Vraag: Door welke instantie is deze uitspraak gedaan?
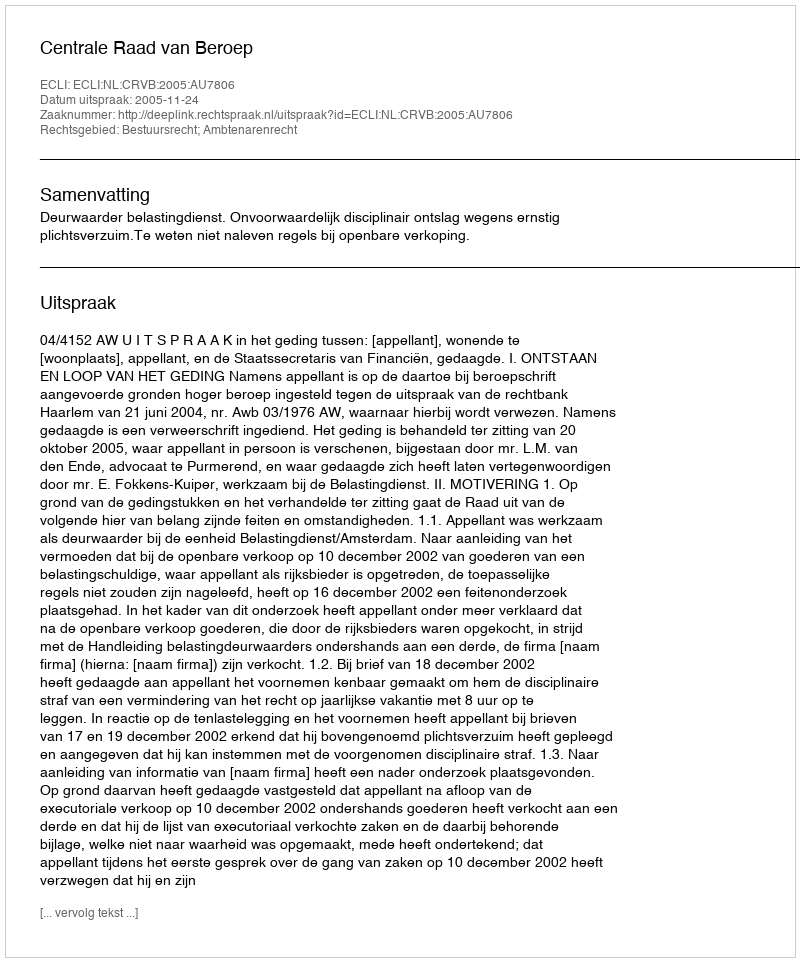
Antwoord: Centrale Raad van Beroep